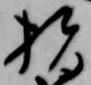
指